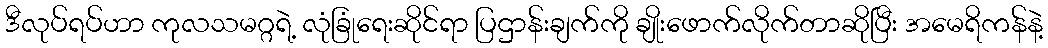
ဒီလုပ်ရပ်ဟာ ကုလသမဂ္ဂရဲ့ လုံခြုံရေးဆိုင်ရာ ပြဌာန်းချက်ကို ချိုးဖောက်လိုက်တာဆိုပြီး အမေရိကန်နဲ့